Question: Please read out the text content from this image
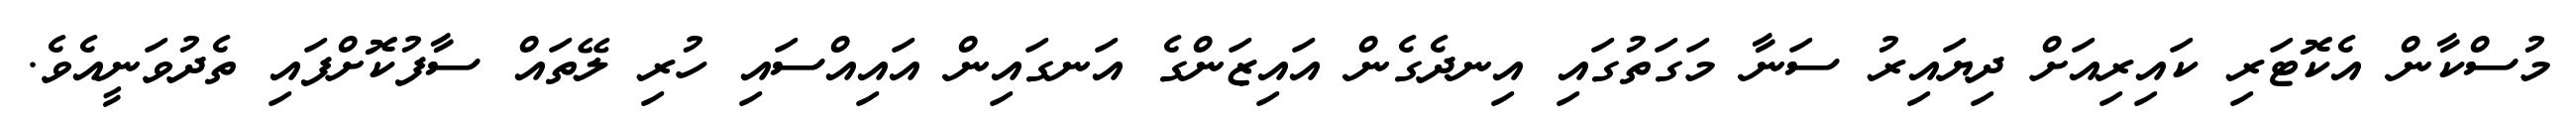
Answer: މުސްކާން އެކޮޓަރި ކައިރިއަށް ދިޔައިރު ސަނާ މަގަތުގައި އިނދެގެން އައިޒަންގެ އަނގައިން އައިއްސައި ހުރި ލޭތައް ސާފުކޮށްފައި ތެދުވަނީއެވެ.